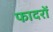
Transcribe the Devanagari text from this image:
फादरों